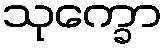
သုက္ခော